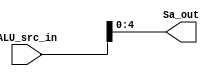
/************************************************* 
 
Copyright:Call_Me_ZK

File name:ALUSaGen.v

Author:ZK
 
Date:2020-08-8
 
Description:

ALURIALU
5bits

**************************************************/

module ALUSaGen

	#(parameter operand_width = 32, Sa_width = 5)

(ALU_src_in, Sa_out);

	input [operand_width-1:0] ALU_src_in;
	output [Sa_width-1:0] Sa_out;
	
	assign Sa_out = ALU_src_in[Sa_width-1:0];

endmodule